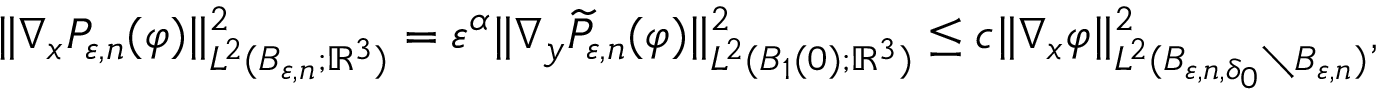
\| \nabla _ { x } P _ { \varepsilon , n } ( \varphi ) \| _ { L ^ { 2 } ( B _ { \varepsilon , n } ; \mathbb { R } ^ { 3 } ) } ^ { 2 } = \varepsilon ^ { \alpha } \| \nabla _ { y } \widetilde { P } _ { \varepsilon , n } ( \varphi ) \| _ { L ^ { 2 } ( B _ { 1 } ( 0 ) ; \mathbb { R } ^ { 3 } ) } ^ { 2 } \leq c \Vert \nabla _ { x } \varphi \Vert _ { L ^ { 2 } ( B _ { \varepsilon , n , \delta _ { 0 } } \setminus B _ { \varepsilon , n } ) } ^ { 2 } ,